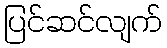
ပြင်ဆင်လျက်